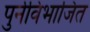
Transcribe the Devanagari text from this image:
पुर्नविभाजित